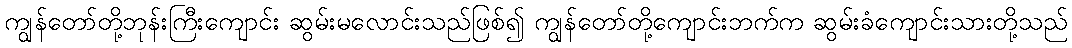
ကျွန်တော်တို့ဘုန်းကြီးကျောင်း ဆွမ်းမလောင်းသည်ဖြစ်၍ ကျွန်တော်တို့ကျောင်းဘက်က ဆွမ်းခံကျောင်းသားတို့သည်